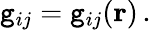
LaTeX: \mathtt{g}_{ij}=\mathtt{g}_{ij}(\mathbf{{r}})\, .